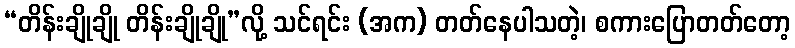
“တိန်းချိုချို တိန်းချိုချို”လို့ သင်ရင်း (အက) တတ်နေပါသတဲ့၊ စကားပြောတတ်တော့